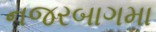
નજરબાગમા